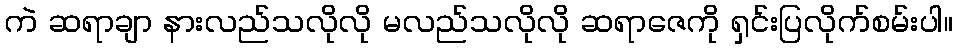
ကဲ ဆရာချာ နားလည်သလိုလို မလည်သလိုလို ဆရာဇေကို ရှင်းပြလိုက်စမ်းပါ။